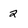
Character: 2